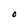
Character: O